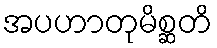
အပဟာတုမိစ္ဆတိ